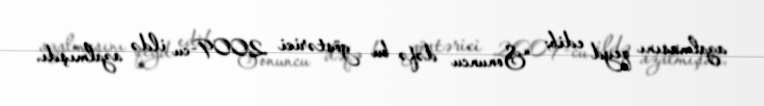
azalmasını qeyd edib: “Sonuncu dəfə bu göstərici 2009-cu ildə azalmışdı.